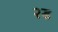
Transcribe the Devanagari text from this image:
२ड